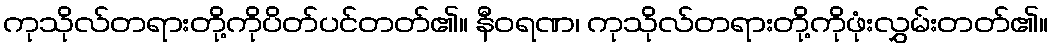
ကုသိုလ်တရားတို့ကိုပိတ်ပင်တတ်၏။ နီဝရဏ၊ ကုသိုလ်တရားတို့ကိုဖုံးလွှမ်းတတ်၏။